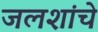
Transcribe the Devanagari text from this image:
जलशांचे